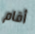
أقام